Indian journal of veterinary science and animal husbandry - Volume 2,
Year: 1932
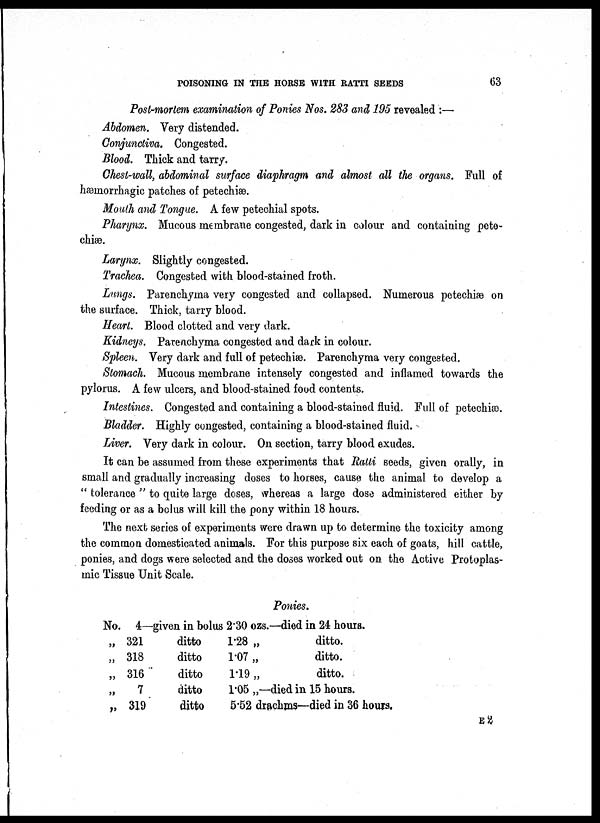
POISONING IN THE HORSE WITH RATTI SEEDS
63
Post-mortem examination of Ponies Nos. 283 and 195 revealed :—
Abdomen. Very distended.
Conjunctiva. Congested.
Blood. Thick and tarry.
Chest-wall, abdominal surface diaphragm and almost all the organs. Full of
hæmorrhagic patches of petechiæ.
Mouth and Tongue. A few petechial spots.
Pharynx. Mucous membrane congested, dark in colour and containing pete¬
chiæ.
Larynx. Slightly congested.
Trachea. Congested with blood-stained froth.
Lungs. Parenchyma very congested and collapsed. Numerous petechiæ on
the surface. Thick, tarry blood.
Heart. Blood clotted and very dark.
Kidneys. Parenchyma congested and dark in colour.
Spleen. Very dark and full of petechiæ. Parenchyma very congested.
Stomach. Mucous membrane intensely congested and inflamed towards the
pylorus. A few ulcers, and blood-stained food contents.
Intestines. Congested and containing a blood-stained fluid. Full of petechiæ.
Bladder. Highly congested, containing a blood-stained fluid.
Liver. Very dark in colour. On section, tarry blood exudes.
It can be assumed from these experiments that Ratti seeds, given orally, in
small and gradually increasing doses to horses, cause the animal to develop a
" tolerance " to quite large doses, whereas a large dose administered either by
feeding or as a bolus will kill the pony within 18 hours.
The next series of experiments were drawn up to determine the toxicity among
the common domesticated animals. For this purpose six each of goats, hill cattle,
ponies, and dogs were selected and the doses worked out on the Active Protoplas-
mic Tissue Unit Scale.
Ponies.
No.
„
„
„
„
„
4—given in bolus 2.30 ozs.—died in 24 hours.
321
318
316
7
319
ditto
ditto
ditto
ditto
ditto
1.28 „
ditto.
1.07 „
ditto.
1.19 „
ditto.
1.05 „—died in 15 hours.
5.52 drachms—died in 36 hours,
E 2